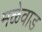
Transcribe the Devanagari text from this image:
मळेवाड